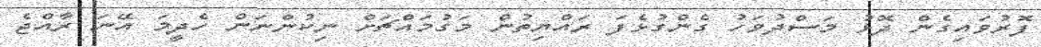
ފޮރުވައިގެން ދޮޅު މަސްދުވަހު ގެންގުޅެފަ ރައްޔިތުން މަގުމައްޗަށް ނިކުންނަން ހެދީމަ އޭނަ ރާއްޖެ